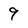
Character: 9